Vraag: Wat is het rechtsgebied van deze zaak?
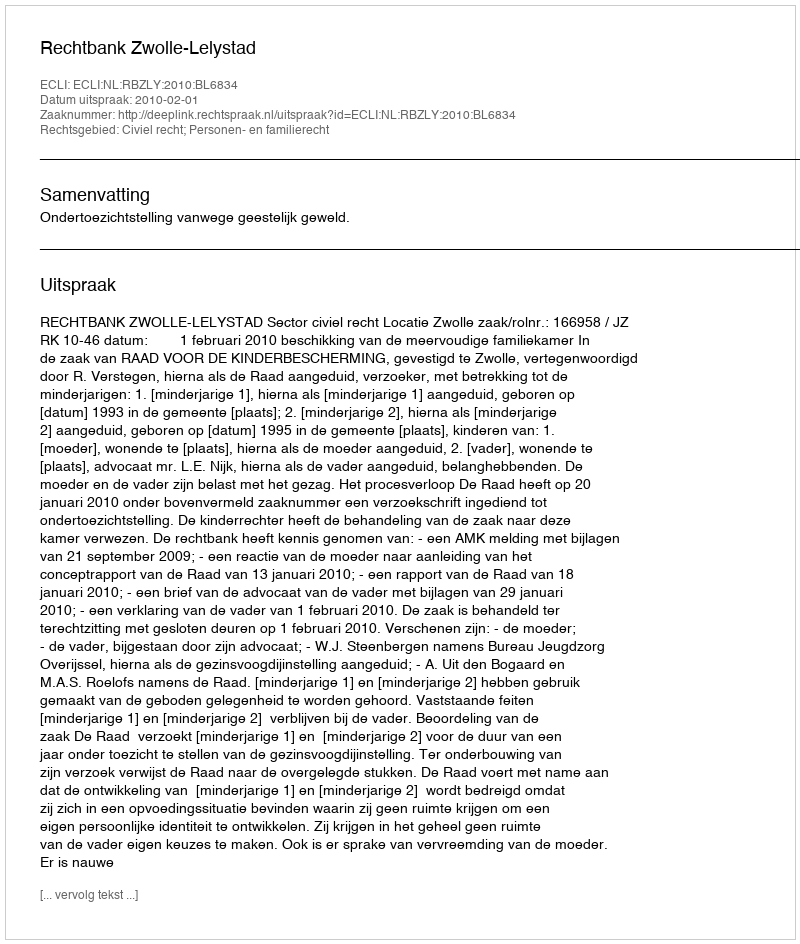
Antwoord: Civiel recht; Personen- en familierecht